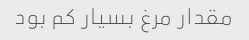
مقدار مرغ بسیار کم بود